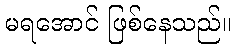
မရအောင် ဖြစ်နေသည်။